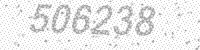
Solution: 506238